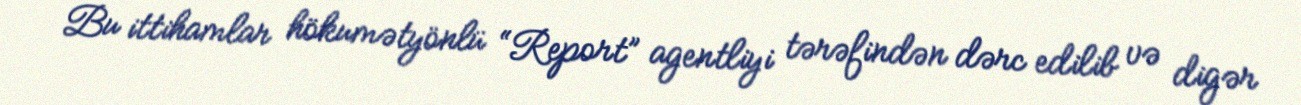
Bu ittihamlar hökumətyönlü “Report” agentliyi tərəfindən dərc edilib və digər